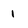
Character: I